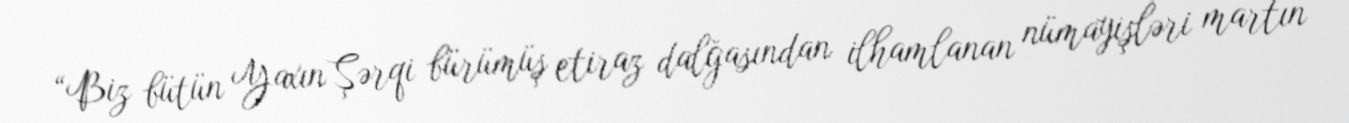
“Biz bütün Yaxın Şərqi bürümüş etiraz dalğasından ilhamlanan nümayişləri martın